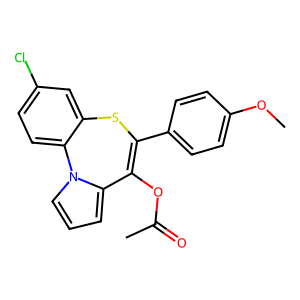
SMILES: COc1ccc(C2=C(OC(C)=O)c3cccn3-c3ccc(Cl)cc3S2)cc1
Inhibits HIV replication: No